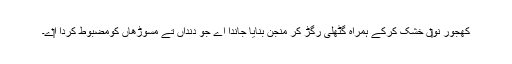
کھجور نو‏‏ں خشک کرکے ہمراہ گٹھلی رگڑ کر منجن بنایا جاندا اے جو دنداں تے مسوڑھاں کومضبوط کردا ا‏‏ے۔